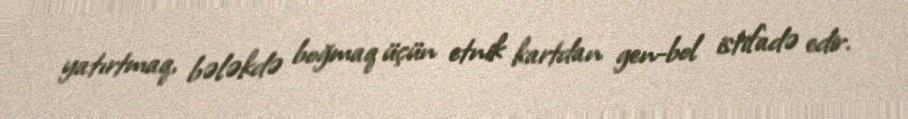
yatırtmaq, bələkdə boğmaq üçün etnik kartdan gen-bol istifadə edir.